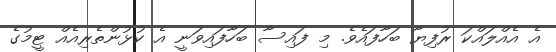
އެ އެއްލައްކަ ރުފިޔާ ބަހާފައެވެ. މި ފައިސާ ބަހާފައިވަނީ އެ ކުޅުންތެރިއެއް ޓީމުގެ